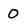
Character: 0